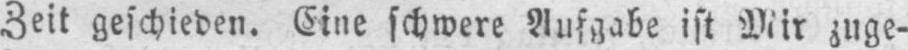
Zeit geschieden. Eine schwere Aufgabe ist Mir zuge-